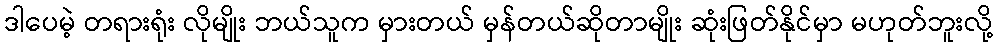
ဒါပေမဲ့ တရားရုံး လိုမျိုး ဘယ်သူက မှားတယ် မှန်တယ်ဆိုတာမျိုး ဆုံးဖြတ်နိုင်မှာ မဟုတ်ဘူးလို့